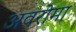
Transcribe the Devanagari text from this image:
अवरोमा